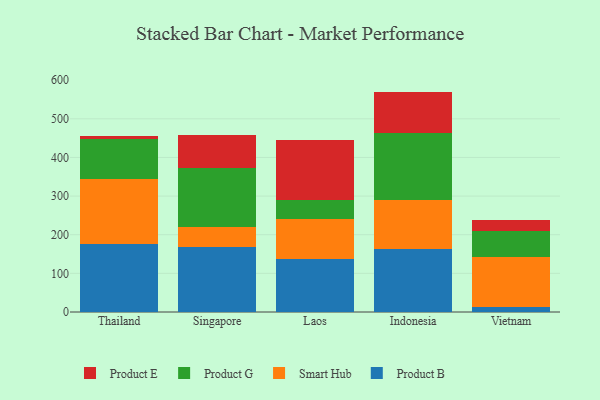
{"axis": {"x": "Country", "y": "Churn Rate (%)"}, "legend": ["Product B", "Product E", "Product G", "Smart Hub"], "data": [{"x": "Thailand", "y": 175.8, "type": "Product B"}, {"x": "Thailand", "y": 168.2, "type": "Smart Hub"}, {"x": "Thailand", "y": 103.3, "type": "Product G"}, {"x": "Thailand", "y": 7.9, "type": "Product E"}, {"x": "Singapore", "y": 169.3, "type": "Product B"}, {"x": "Singapore", "y": 50.0, "type": "Smart Hub"}, {"x": "Singapore", "y": 152.7, "type": "Product G"}, {"x": "Singapore", "y": 87.1, "type": "Product E"}, {"x": "Laos", "y": 136.3, "type": "Product B"}, {"x": "Laos", "y": 103.9, "type": "Smart Hub"}, {"x": "Laos", "y": 49.4, "type": "Product G"}, {"x": "Laos", "y": 155.8, "type": "Product E"}, {"x": "Indonesia", "y": 163.7, "type": "Product B"}, {"x": "Indonesia", "y": 126.6, "type": "Smart Hub"}, {"x": "Indonesia", "y": 171.8, "type": "Product G"}, {"x": "Indonesia", "y": 108.3, "type": "Product E"}, {"x": "Vietnam", "y": 12.9, "type": "Product B"}, {"x": "Vietnam", "y": 129.9, "type": "Smart Hub"}, {"x": "Vietnam", "y": 66.1, "type": "Product G"}, {"x": "Vietnam", "y": 30.1, "type": "Product E"}]}